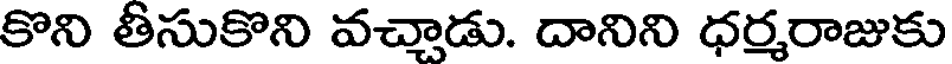
కొని తీసుకొని వచ్చాడు. దానిని ధర్మరాజుకు